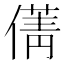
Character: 𠎐